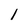
Character: 1